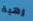
رهبة